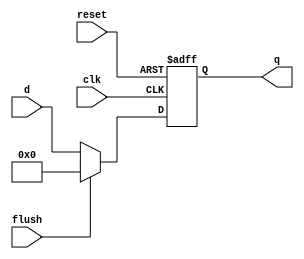
`timescale 1ns / 1ps
//////////////////////////////////////////////////////////////////////////////////
// Company: 
// Engineer: 
// 
// Design Name: 
// Module Name: floprc
// Project Name: 
// Target Devices: 
// Tool Versions: 
// Description: 
// 
// Dependencies: 
// 
// Revision:
// Revision 0.01 - File Created
// Additional Comments:
// 
//////////////////////////////////////////////////////////////////////////////////

module floprc #(parameter WIDTH=8) (
    input clk, reset,
    input flush, 
    input [WIDTH-1:0] d, 
    output reg [WIDTH-1:0] q
);
    always @(posedge clk or posedge reset) 
        if(reset) q<=0; 
        else if(flush) q<=0;
        else q<=d; 
    
endmodule